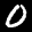
Label: 0